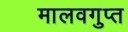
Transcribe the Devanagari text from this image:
मालवगुप्त